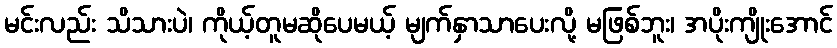
မင်းလည်း သိသားပဲ၊ ကိုယ့်တူမဆိုပေမယ့် မျက်နှာသာပေးလို့ မဖြစ်ဘူး၊ အပိုးကျိုးအောင်